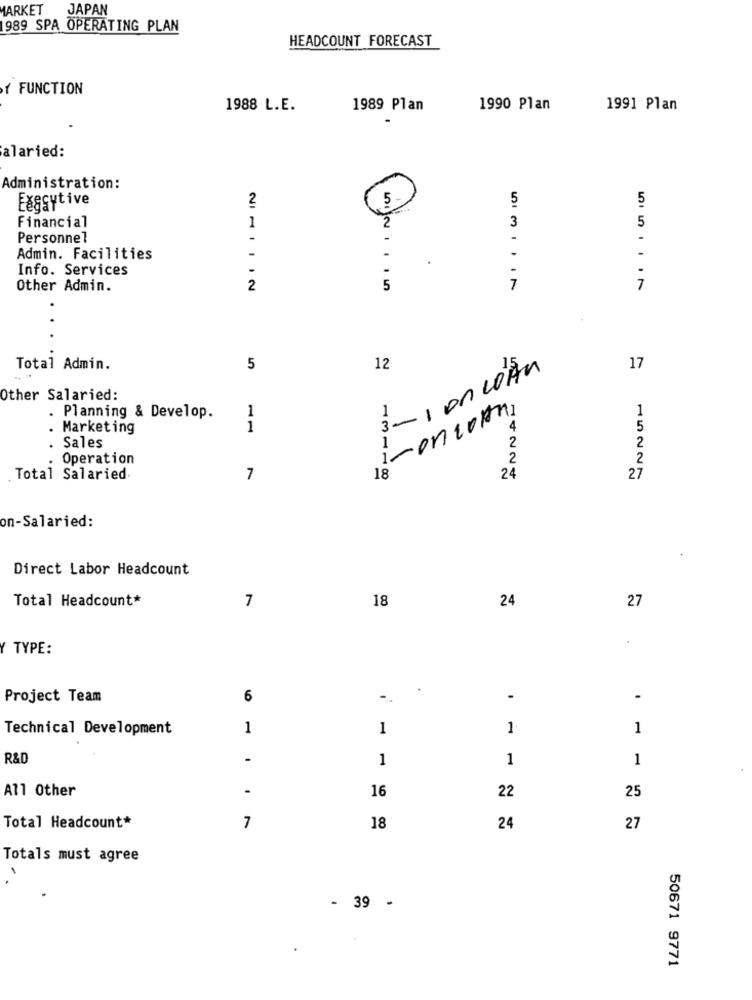
MARKET
JAPAN
989 SPA OPERATING PLAN
HEADCOUNT FORECAST
Y FUNCTION
1988 L.E.
1989 Plan
1990 Plan
1991 Plan
alaried:
Administration:
Executive
2
5
5
5
2
3
5
Financial
1
Personnel
Admin. Facilities
Info. Services
Other Admin.
2
5
7
7
.
Total Admin.
5
12
1 On LOAN
17
Other Salaried:
1
1
1-oncool
1
Planning & Develop.
3-
. Marketing
1
4
5
1
2
Sales
2
Operation
2
2
Total Salaried
7
18
24
27
on-Salaried:
Direct Labor Headcount
Total Headcount*
18
7
24
27
.
TYPE:
.
Project Team
6
-
.
Technical Development
1
1
1
1
R&D
-
1
1
1
All Other
-
16
22
25
Total Headcount*
7
18
24
27
Totals must agree
- 39 -
50671 9771